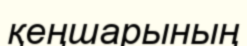
қеңшарының